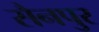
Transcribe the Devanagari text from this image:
सैनपुर